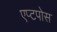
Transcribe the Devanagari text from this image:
एप्टपोस